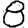
Digit: 8